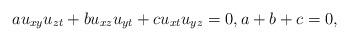
LaTeX: \begin{align*}a u_{xy}u_{zt} + b u_{xz}u_{yt}+c u_{xt}u_{yz} = 0,a+b+c=0,\end{align*}